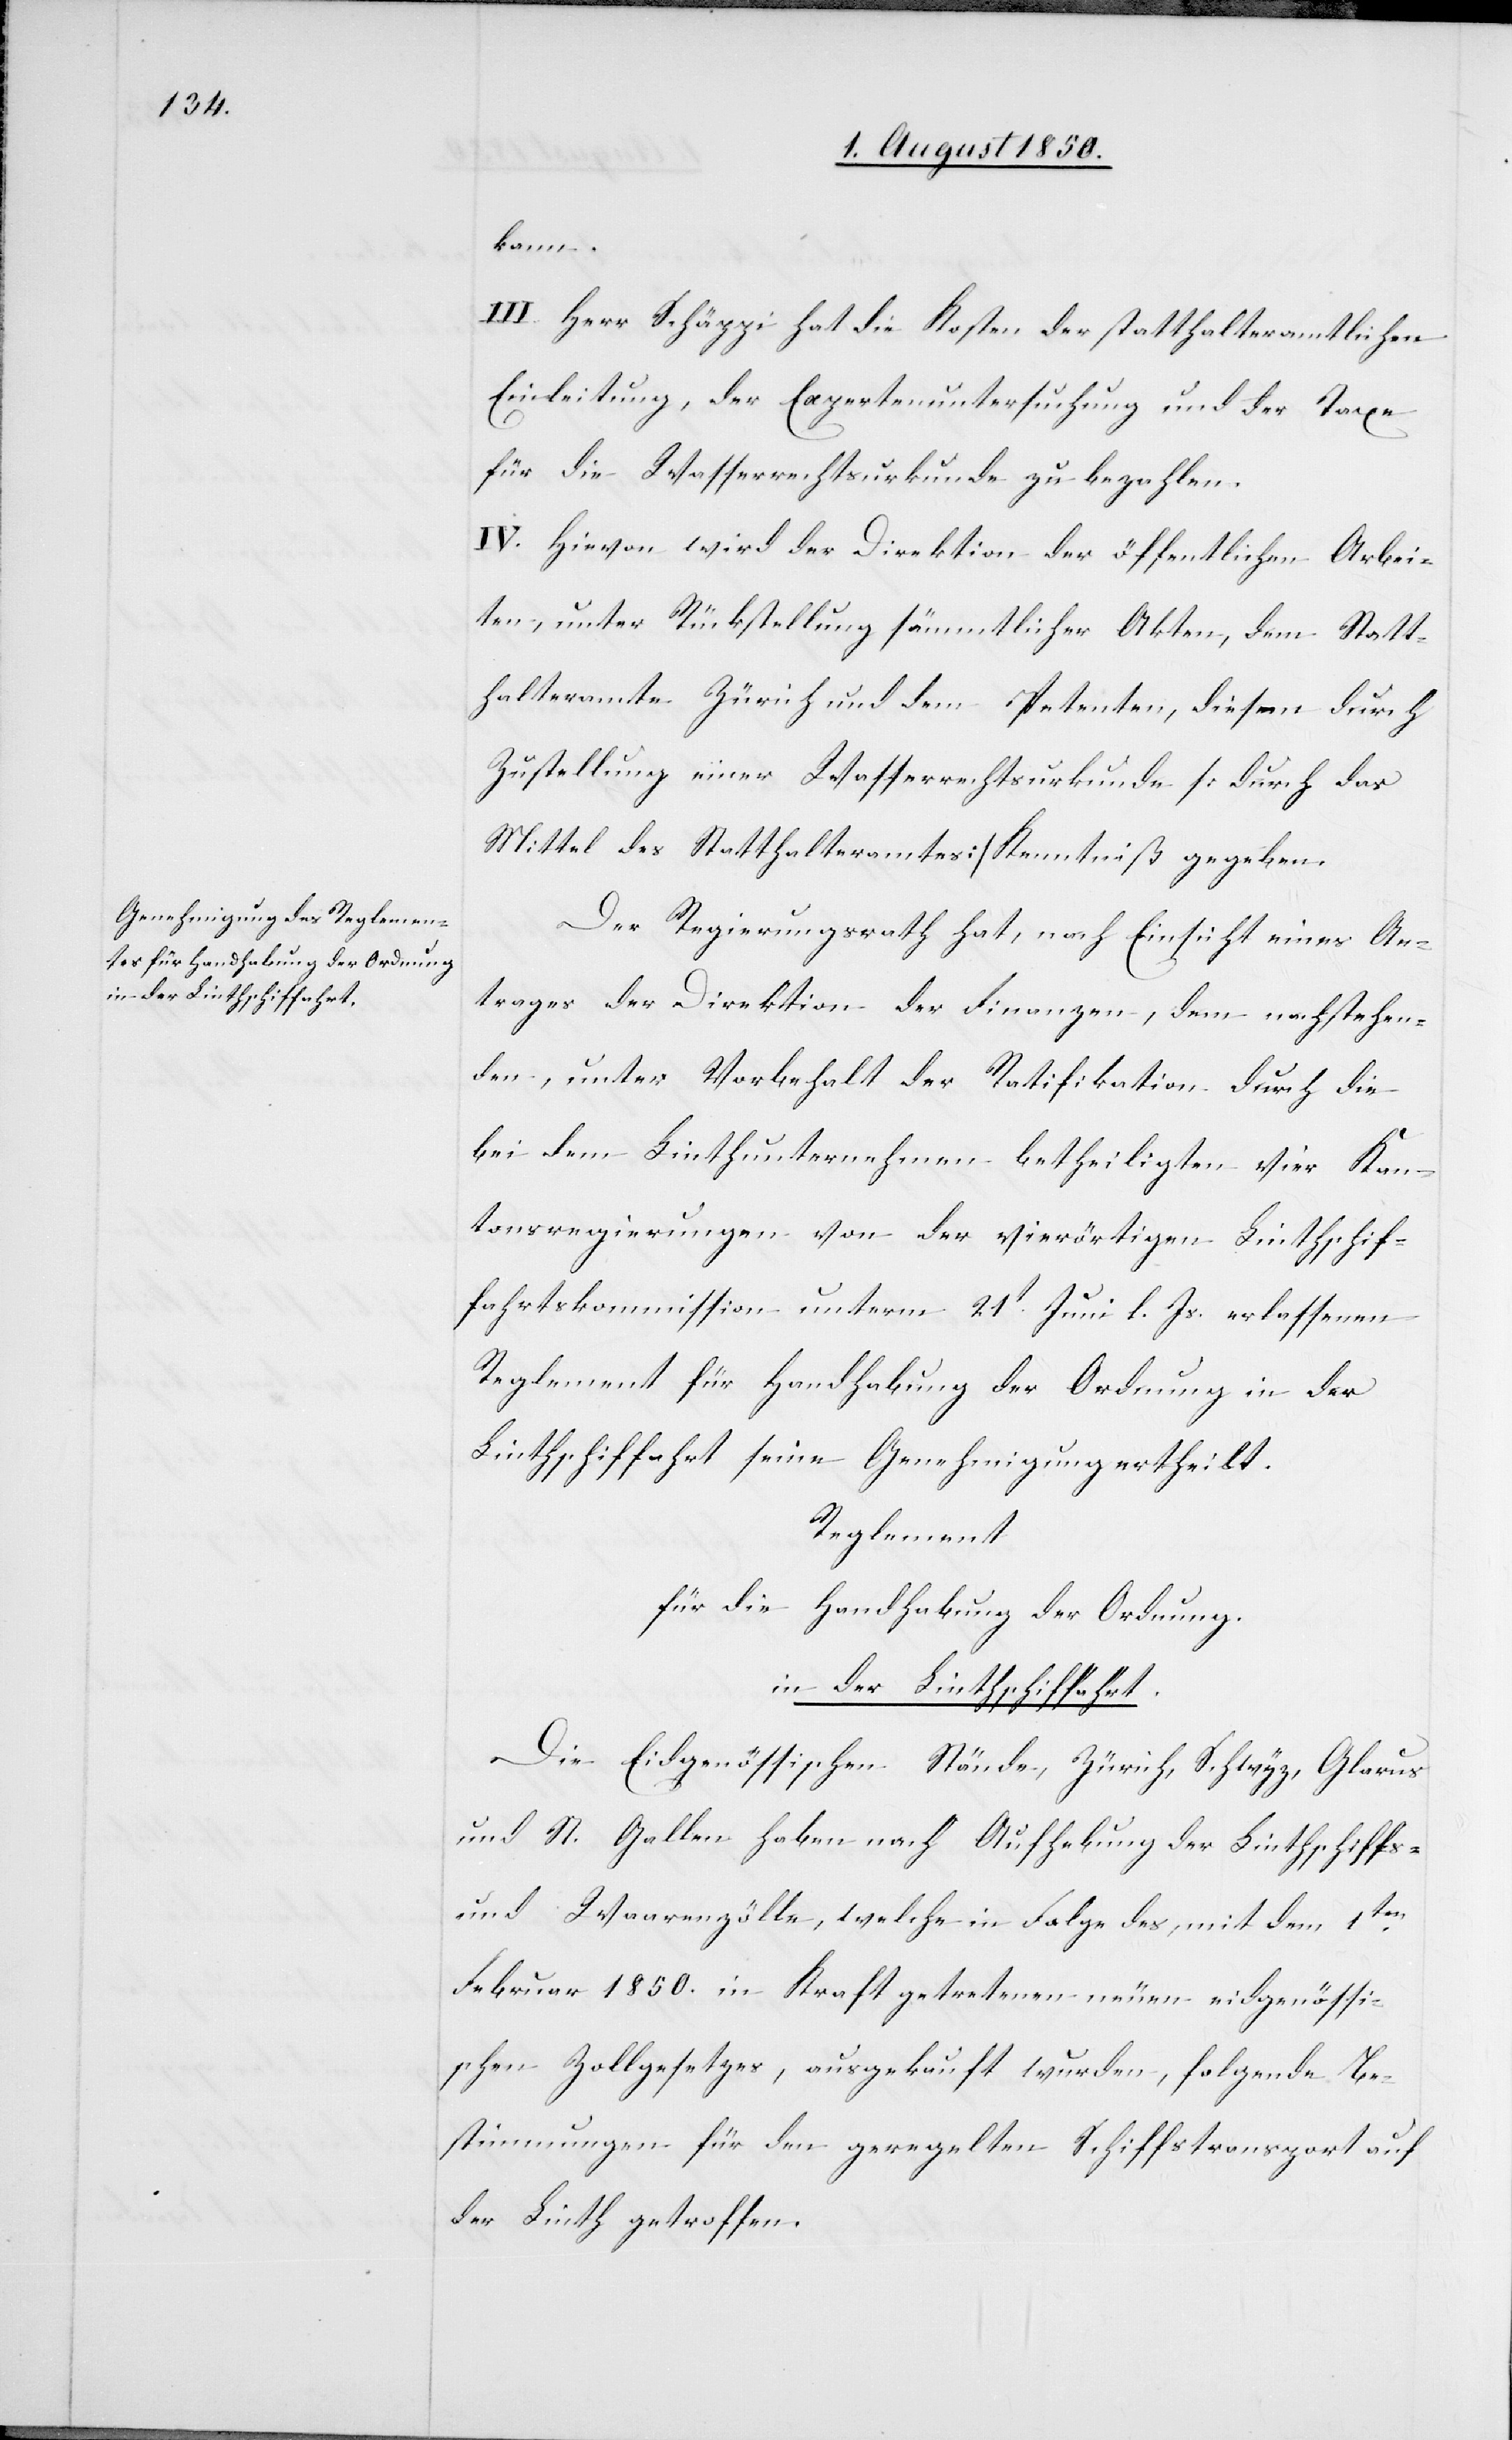
kann.
III. Herr Schäppi hat die Kosten der statthalteramtlichen
Einleitung, der Expertenuntersuchung und der Taxe
für die Wasserrechtsurkunde zu bezahlen.
IV. Hievon wird der Direktion der öffentlichen Arbei¬
ten, unter Rückstellung sämmtlicher Akten, dem Statt¬
halteramte Zürich und dem Petenten, diesen durch
Zustellung einer Wasserrechtsurkunde [durch das
Mittel des Statthalteramtes] Kenntniß gegeben.
Der Regierungsrath hat, nach Einsicht eines An¬
trages der Direktion der Finanzen, dem nachstehen¬
den, unter Vorbehalt der Ratifikation durch die
bei dem Linthunternehmen betheiligten vier Kan¬
tonsregierungen von der vierörtigen Linthschif¬
fahrtskommission unterm 21t Juni l. Js. erlassenen
Reglement für Handhabung der Ordnung in der
Linthschiffahrt seine Genehmigung ertheilt.
Reglement
für die Handhabung der Ordnung.
in der Linthschiffahrt.
Die Eidgenössischen Stände, Zürich, Schwyz, Glarus
und St. Gallen haben nach Aufhebung der Linthschiffs-
und Waarenzölle, welche in Folge des, mit dem 1ten
Februar 1850. in Kraft getretenen neuen eidgenössi¬
schen Zollgesetzes, ausgekauft wurden, folgende Be¬
stimmungen für den geregelten Schiffstransport auf
der Linth getroffen.